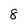
Character: 8